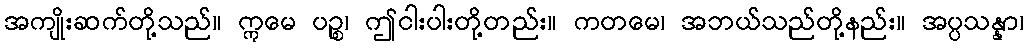
အကျိုးဆက်တို့သည်။ ဣမေ ပဉ္စ၊ ဤငါးပါးတို့တည်း။ ကတမေ၊ အဘယ်သည်တို့နည်း။ အပ္ပသန္နာ၊